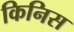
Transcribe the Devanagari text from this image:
किनिस